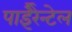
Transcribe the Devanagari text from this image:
पाईरैन्टेल